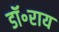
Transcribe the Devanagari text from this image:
डॉ॰राय